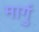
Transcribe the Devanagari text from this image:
मार्गु